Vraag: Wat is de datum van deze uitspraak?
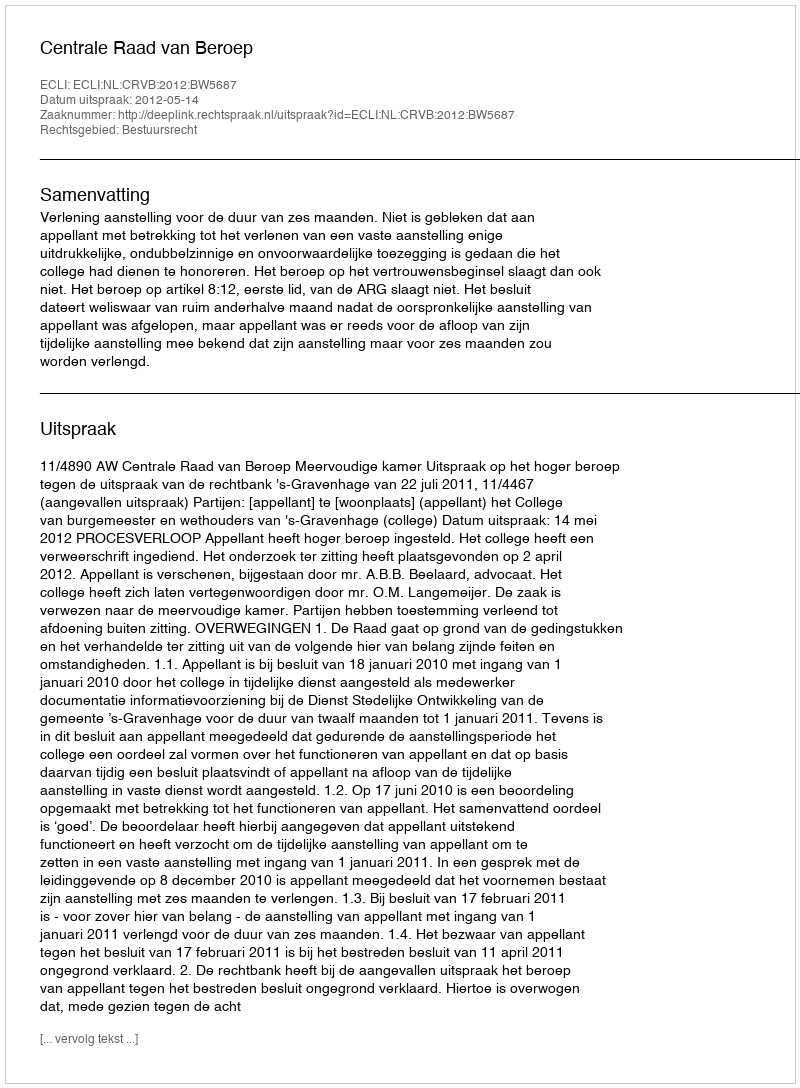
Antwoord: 2012-05-14